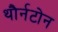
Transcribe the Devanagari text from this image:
थौर्नटोन